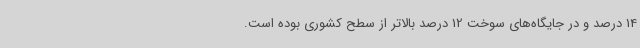
14 درصد و در جایگاه‌های سوخت 12 درصد بالاتر از سطح کشوری بوده است.